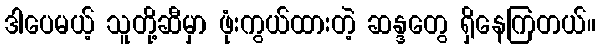
ဒါပေမယ့် သူတို့ဆီမှာ ဖုံးကွယ်ထားတဲ့ ဆန္ဒတွေ ရှိနေကြတယ်။